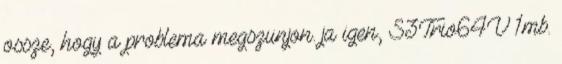
ossze, hogy a problema megszunjon. ja igen, S3Trio64V 1mb.